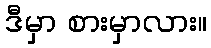
ဒီမှာ စားမှာလား။